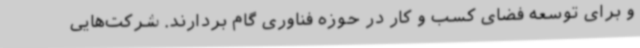
و برای توسعه فضای کسب و کار در حوزه فناوری گام بردارند. شرکت‌هایی